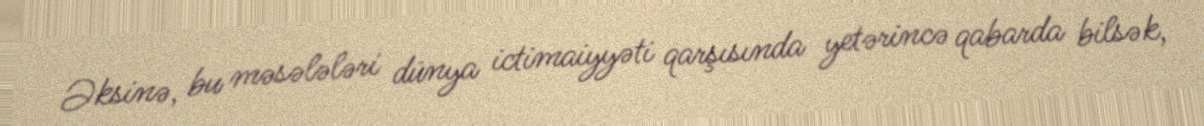
Əksinə, bu məsələləri dünya ictimaiyyəti qarşısında yetərincə qabarda bilsək,